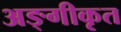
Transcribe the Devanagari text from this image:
अङ्गीकृत